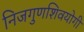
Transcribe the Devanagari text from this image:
निजगुणशिवयोगी